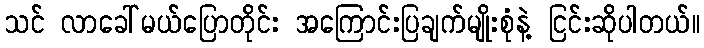
သင် လာခေါ်မယ်ပြောတိုင်း အကြောင်းပြချက်မျိုးစုံနဲ့ ငြင်းဆိုပါတယ်။